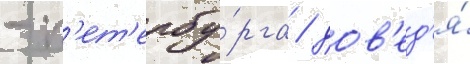
- п'ет'ербу́рга / дов'ед'я́